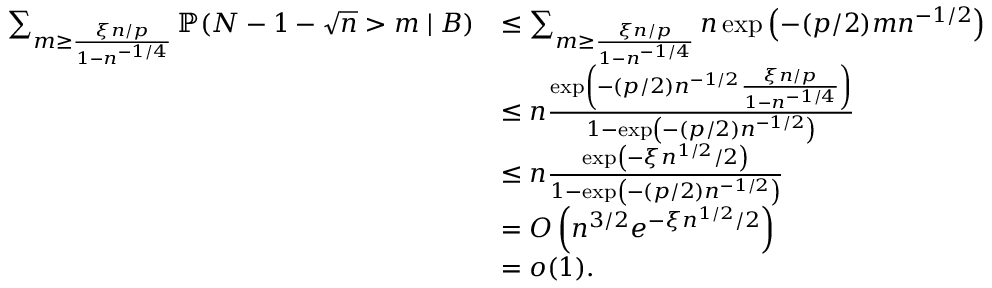
\begin{array} { r l } { \sum _ { m \geq \frac { \xi n / p } { 1 - n ^ { - 1 / 4 } } } \mathbb P ( N - 1 - \sqrt { n } > m \mid B ) } & { \leq \sum _ { m \geq \frac { \xi n / p } { 1 - n ^ { - 1 / 4 } } } n \exp \left( - ( p / 2 ) m n ^ { - 1 / 2 } \right) } \\ & { \leq n \frac { \exp \left( - ( p / 2 ) n ^ { - 1 / 2 } \frac { \xi n / p } { 1 - n ^ { - 1 / 4 } } \right) } { 1 - \exp \left( - ( p / 2 ) n ^ { - 1 / 2 } \right) } } \\ & { \leq n \frac { \exp \left( - \xi n ^ { 1 / 2 } / 2 \right) } { 1 - \exp \left( - ( p / 2 ) n ^ { - 1 / 2 } \right) } } \\ & { = O \left( n ^ { 3 / 2 } e ^ { - \xi n ^ { 1 / 2 } / 2 } \right) } \\ & { = o ( 1 ) . } \end{array}